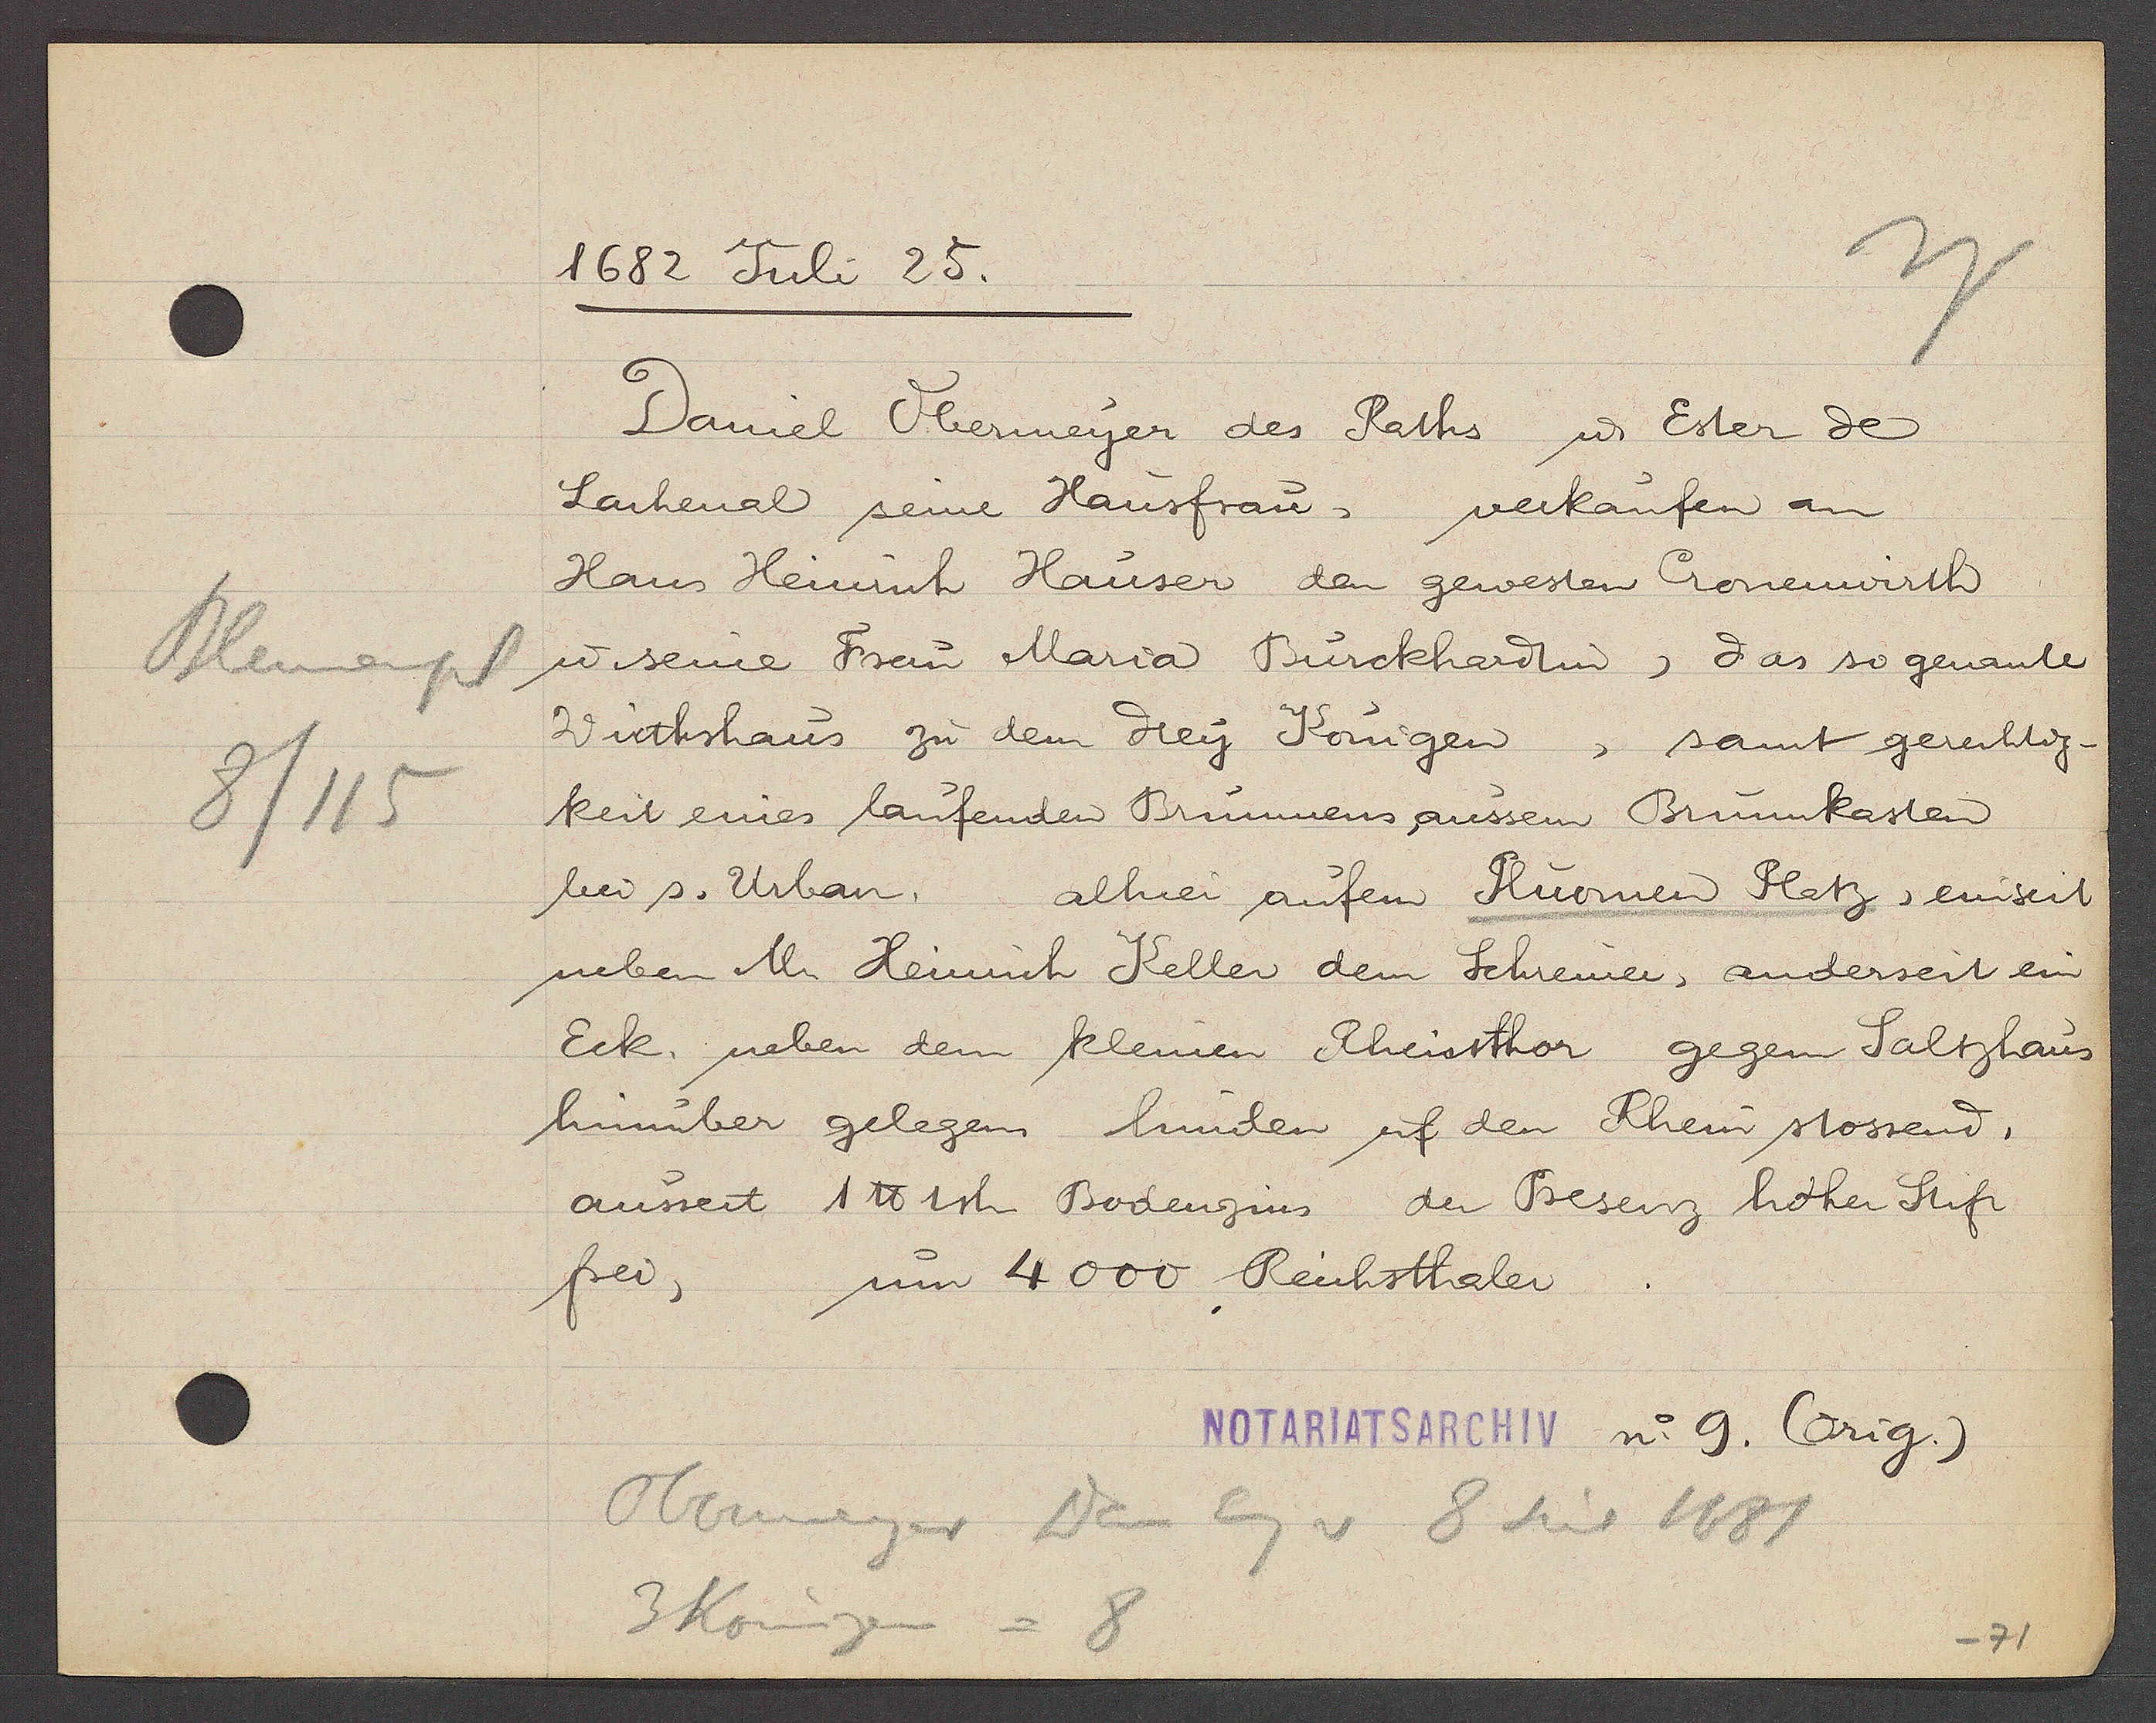
Transcript:
1682 Juli 25.

Blumenpl
8/115

Daniel Obermeyer des Raths u. Ester de
Larhenal seine Hausfrau, verkaufen an
Hans Heinrich Hauser den gewesten Cronenwirth
ư seine Freu Maria Burckhardtin, das so genante
Wirthshaus zu dem drey Königen, samt gerechtig-
keit eines laufenden Brunnens aussen Brunnkasten
bei s. Urban, alhier aufem Bluomen Platz, einseit
neben Mr. Heinrich Keller dem Schreiner, anderseit ein
Eck. neben dem kleinen Rheissthor gegem Saltzhaus
hinüber gelegen hinden uf den Rhein stossend,
ansseit 1 ℔ 1 sh Bodenzins der Besenz hoher Stift
frei,
um 4000 Reichsthaler

Notariatsarchiv n. 9. (orig.)

Obermeyer Wen Eig v 8 seit 1681
3 Königen
= 8